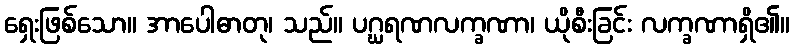
ရှေးဖြစ်သော။ အာပေါဓာတု၊ သည်။ ပဂ္ဃရဏလက္ခဏာ၊ ယိုစီးခြင်း လက္ခဏာရှိ၏။